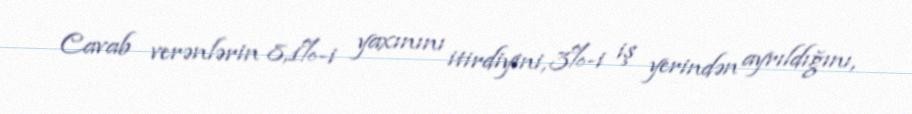
Cavab verənlərin 8,1%-i yaxınını itirdiyini, 3%-i iş yerindən ayrıldığını,